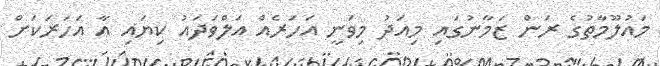
މައުލޫމާތުގެ ރަން ޒަމާނުގައި މިއަދު މިވަނީ އަހަރެއް އަލްވަދައު ކިޔައި އާ އަހަރަކަށް